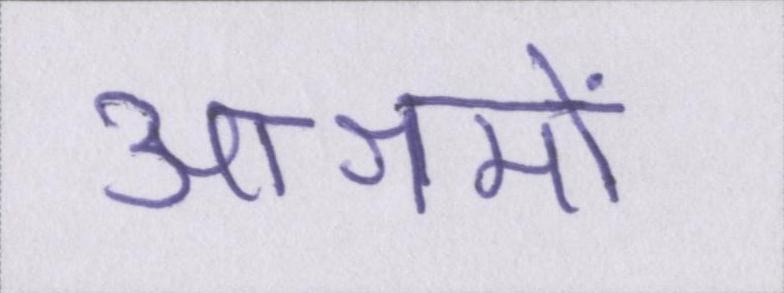
आश्रमों